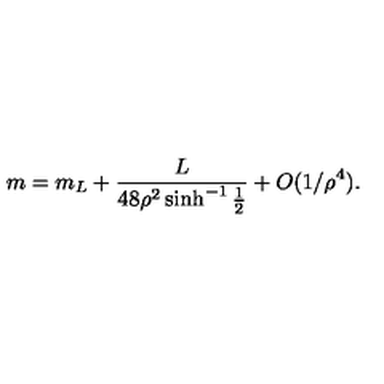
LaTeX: m = m _ { L } + { \frac { L } { 4 8 \rho ^ { 2 } \sinh ^ { - 1 } { \frac { 1 } { 2 } } } } + O ( 1 / \rho ^ { 4 } ) .